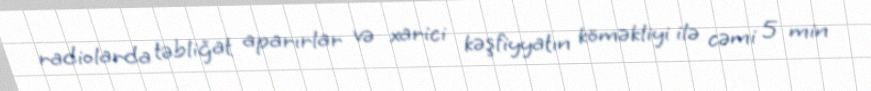
radiolarda təbliğat aparırlar və xarici kəşfiyyatın köməkliyi ilə cəmi 5 min